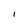
Character: I